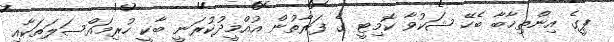
ޕީގެ އިންތިޚާބާ ބެހޭ ޝަކުވާ ކޮމިޓީ ގެ ފަރާތުން އުއްމީދުކުރަނީ ބާކީ ހުރިމައްސަލަތަކާއި